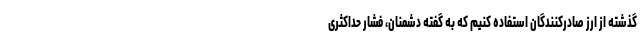
گذشته از ارز صادرکنندگان استفاده کنیم که به گفته دشمنان، فشار حداکثری